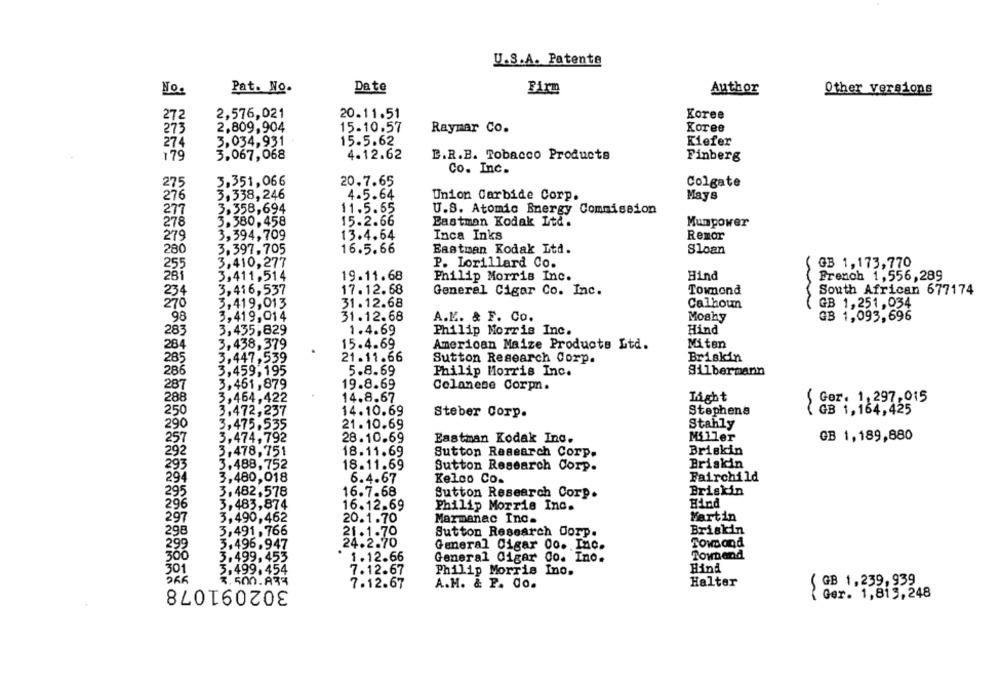
U.S.A. Patente
Pat. No.
Date
Firm
No.
Author
Other versions
272
2,576,021
20.11.51
Koree
273
2,809,904
15-10.57
Raymar Co.
Koree
274
3,034,931
15.5.62
Kiefer
179
3.067,068
4.12.62
E.R.B. Tobacco Products
Finberg
Co. Inc.
275
3.351,066
20.7.65
Colgate
276
3,338, 246
4.5.64
Union Carbide Corp.
Mays
277
3.358,694
11.5.65
U.S. Atomic Energy Commission
278
3.380,458
15.2.66
Eastman Kodak Ltd.
Mumpower
279
3,394,709
13.4.64
Inca Inks
Remor
280
3.397.705
16.5.66
Eastman Kodak Ltd.
Sloan
255
3,410,277
P. Lorillard Co.
GB 1,173,770
281
3,411,514
19.11.68
Philip Morris Inc.
Hind
French 1,556,289
234
3,416,537
17.12.68
General Cigar Co. Inc.
Townond
South African 677174
31.12.68
GB 1,251,034
270
3,419,013
Calhoun
98
3,419,014
31.12.68
Moshy
A.K. & F. Co.
GB 1,093,696
Hind
283
3,435,829
1.4.69
Philip Morris Inc.
Miten
284
3,438, 379
15.4.69
American Maize Products Ltd.
21.11.66
Briskin
285
3,447,539
Sutton Research Corp.
286
3,459,195
5.8.69
Philip Morris Inc.
Silbermann
3,461,879
19.8.69
287
Celanese Corp.
288
3,464,422
14.8.67
Light
Ger. 1,297,015
250
3,472,257
14.10.69
Stephens
( GB 1,164,425
Steber Corp.
290
3,475.535
21. 10.69
Stahly
257
3,474, 792
28.10.69
Eastman Kodak Inc.
Miller
GB 1,189,880
292
3,478, 751
18.11.69
Sutton Research Corp.
Briskin
293
3.488, 752
18.11.69
Sutton Research Corp.
Briakin
294
3,480,018
6.4.67
Kelco Co.
Fairchild
295
3.482,578
16.7.68
Sutton Research Corp.
Priskin
296
3,483,874
16.12.69
Philip Morris Inc.
Hind
297
3,490,462
20.1.70
Marmanac Inc.
Martin
298
Briskin
3,491. 766
21.1.70
Sutton Research Corp.
3.496.947
24.2.70
Towsand
299
General Cigar 00. Inc.
300
1.12.66
Townand
3.499, 453
General Cigar Co. Ino.
301
3,499.454
7.12.67
Hind
Philip Morris Ino.
3.500.834
302091078
7.12.67
A.M. & P. Co.
Halter
GB 1,239,939
Ger. 1,815,248